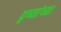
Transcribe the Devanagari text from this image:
दृष्यांच्या